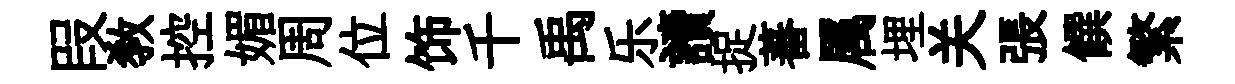
叚敎控媚周位饰千禹乐讀捉蕃属埋关張饌繁